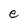
Character: e